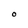
Character: O